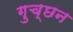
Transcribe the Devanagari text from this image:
गुच्छन